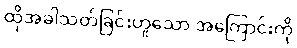
ထိုအခါသတ်ခြင်းဟူသော အကြောင်းကို